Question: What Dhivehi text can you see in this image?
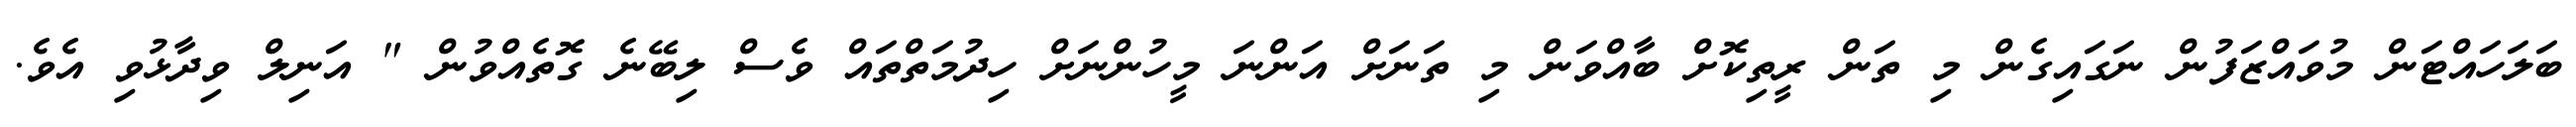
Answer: ބަލަހައްޓަން މުވައްޒަފުން ނަގައިގެން މި ތަން ރީތިކޮށް ބާއްވަން މި ތަނަށް އަންނަ މީހުންނަށް ހިދުމަތްތައް ވެސް ލިބޭނެ ގޮތެއްވުން " އަނިލް ވިދާޅުވި އެވެ.